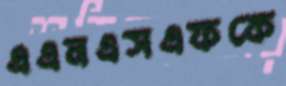
এএনএসএফকে